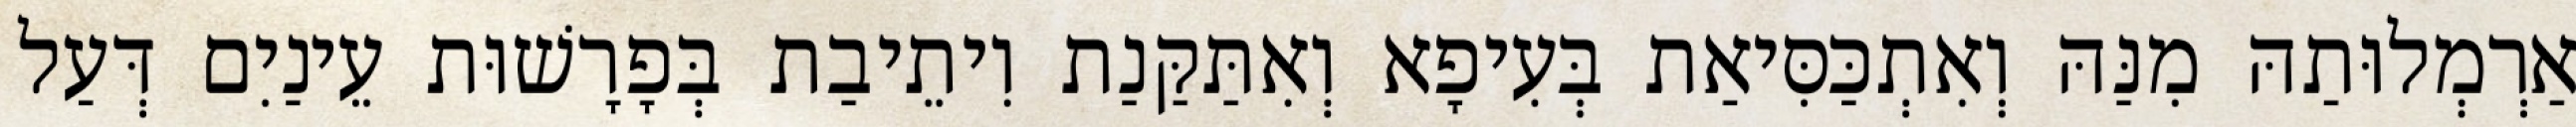
אַרְמְלוּתַהּ מִנַּהּ וְאִתְכַּסִּיאַת בְּעִיפָא וְאִתַּקַּנַת וִיתֵיבַת בְּפָרָשׁוּת עֵינַיִם דְּעַל